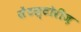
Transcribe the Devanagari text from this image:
सेंटस्टोरीज़